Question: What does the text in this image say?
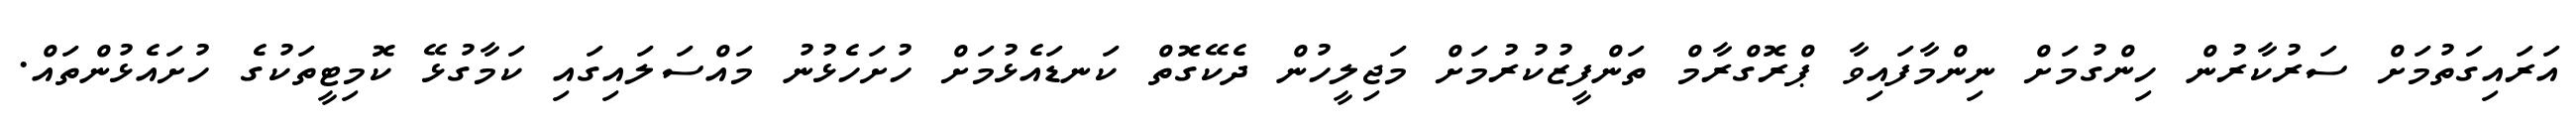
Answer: އަރައިގަތުމަށް ސަރުކާރުން ހިންގުމަށް ނިންމާފައިވާ ޕްރޮގްރާމް ތަންފީޒުކުރުމަށް މަޖިލީހުން ދެކޭގޮތް ކަނޑައެޅުމަށް ހުށަހެޅުނު މައްސަލައިގައި ކަމާގުޅޭ ކޮމިޓީތަކުގެ ހުށައެޅުންތައް.